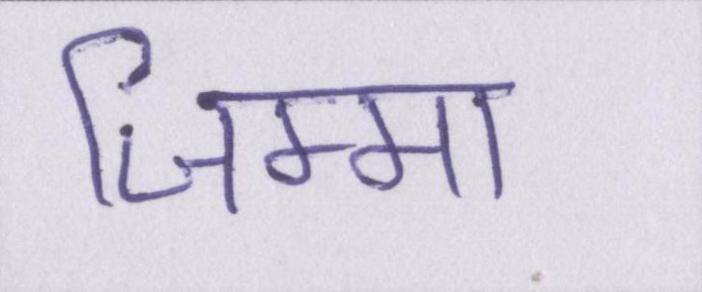
जिम्मा